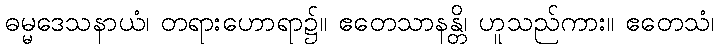
ဓမ္မဒေသနာယံ၊ တရားဟောရာ၌။ ဧတေသာနန္တိ၊ ဟူသည်ကား။ ဧတေသံ၊